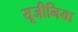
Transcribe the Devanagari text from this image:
यूजीनिया